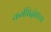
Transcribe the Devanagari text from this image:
कर्मसिद्धांताच्या